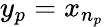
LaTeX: y_{p}=x_{n_{p}}